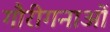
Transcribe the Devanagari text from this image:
गौरीगनाओं